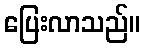
ပြေးလာသည်။